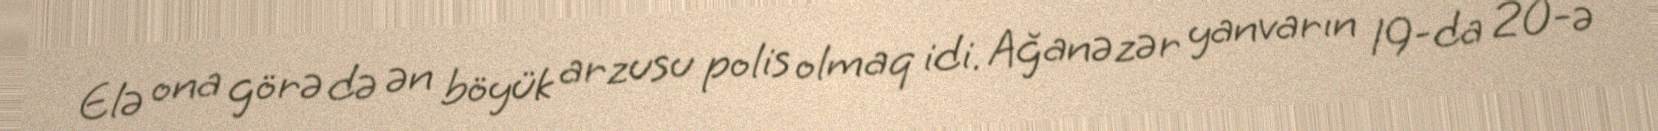
Elə ona görə də ən böyük arzusu polis olmaq idi. Ağanəzər yanvarın 19-da 20-ə